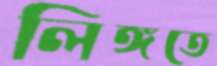
লিঙ্গতে